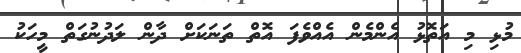
މުޅި މި އަތޮޅު އެންމެން އެއްވެފަ އޮތް ތަނަކަށް ދާން ލަދުނުގަތް މީހަކު